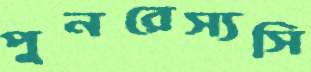
পুনরেস্যসি